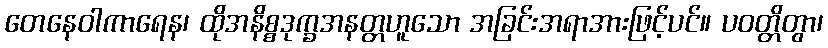
တေနေဝါကာရေန၊ ထိုအနိစ္စဒုက္ခအနတ္တဟူသော အခြင်းအရာအားဖြင့်ပင်။ ပဝတ္တိတွာ၊